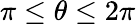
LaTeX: \pi\leq\theta\leq 2\pi